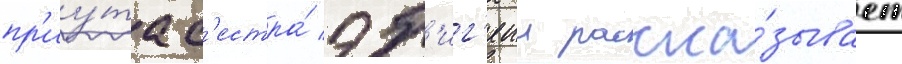
пр'иу́та с'естра́ эб'иг'еил расска́зывает